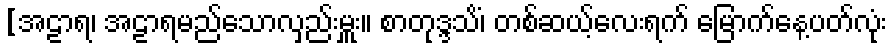
[အဠာရ၊ အဠာရမည်သောလှည်းမှူး။ စာတုဒ္ဒသိံ၊ တစ်ဆယ့်လေးရက် မြောက်နေ့ပတ်လုံး